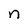
Character: n